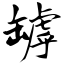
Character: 罅